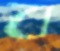
ব